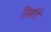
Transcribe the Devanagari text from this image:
सिर्वार्ट